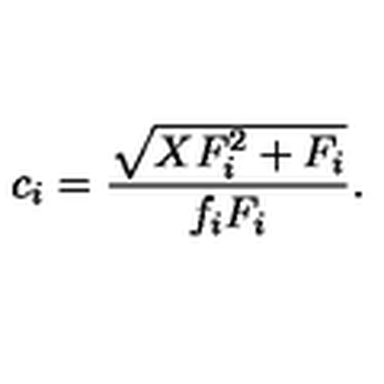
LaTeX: c _ { i } = \frac { \sqrt { X F _ { i } ^ { 2 } + F _ { i } } } { f _ { i } F _ { i } } .